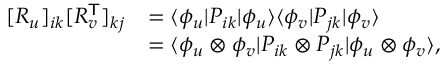
\begin{array} { r l } { [ R _ { u } ] _ { i k } [ R _ { v } ^ { \mathsf { T } } ] _ { k j } } & { = \langle \phi _ { u } | P _ { i k } | \phi _ { u } \rangle \langle \phi _ { v } | P _ { j k } | \phi _ { v } \rangle } \\ & { = \langle \phi _ { u } \otimes \phi _ { v } | P _ { i k } \otimes P _ { j k } | \phi _ { u } \otimes \phi _ { v } \rangle , } \end{array}